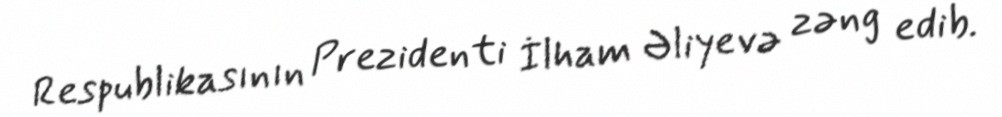
Respublikasının Prezidenti İlham Əliyevə zəng edib.